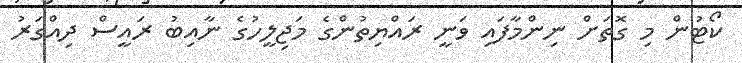
ކޯޓުން މި ގޮތަށް ނިންމާފައި ވަނީ ރައްޔިތުންގެ މަޖިލީހުގެ ނާއިބު ރައީސް ދިއްގަރު